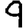
Digit: 9